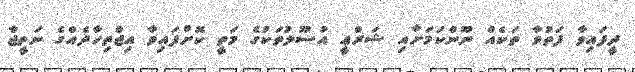
ދީފައިވާ ފަތުވާ ތަކެއް ނޫންކަމަށާއި ޝަރްޢީ އުސޫލުތަކުގެ މަތީ ކޮށްފައިވާ އިޖްތިހާދެއްގެ ނަތީޖާ